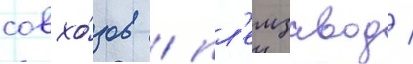
совхо́зов / пл'емзавод /